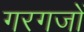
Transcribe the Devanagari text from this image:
गरगजों